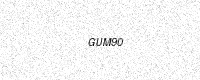
Text: GUM90